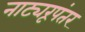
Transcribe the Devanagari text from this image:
नाट्यरूपंतर